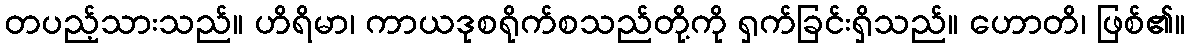
တပည့်သားသည်။ ဟိရိမာ၊ ကာယဒုစရိုက်စသည်တို့ကို ရှက်ခြင်းရှိသည်။ ဟောတိ၊ ဖြစ်၏။